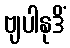
ဗျပါနုဒိံ